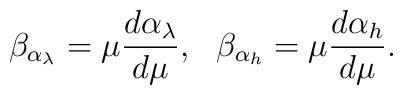
\beta_{\alpha_{\lambda}}=\mu\frac{d\alpha_{\lambda}}{d\mu},~~\beta_{\alpha_{h}}=\mu\frac{d\alpha_{h}}{d\mu}.